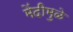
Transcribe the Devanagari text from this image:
मेंदीमुळे